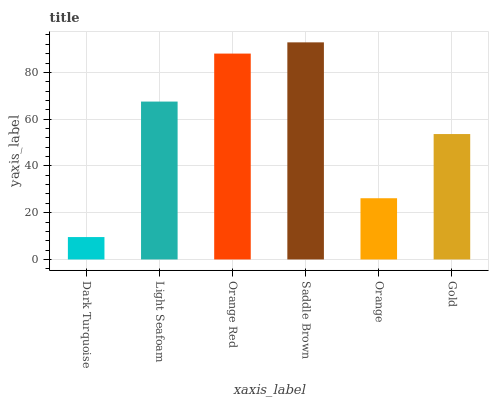
| xaxis_label | bars |
 | --- | --- |
 | Dark Turquoise | 9.58 |
 | Light Seafoam | 67.5 |
 | Orange Red | 88 |
 | Saddle Brown | 92.8 |
 | Orange | 26.2 |
 | Gold | 53.6 |